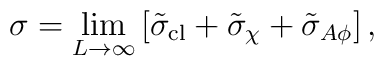
\sigma=  \lim_{L \rightarrow \infty} \left[ \tilde{\sigma}_{\rm cl}+     \tilde{\sigma}_{\chi}+\tilde{\sigma}_{A \phi}  \right],